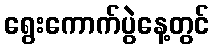
ရွေးကောက်ပွဲနေ့တွင်